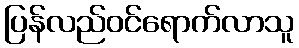
ပြန်လည်ဝင်ရောက်လာသူ